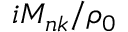
i M _ { n k } / \rho _ { 0 }